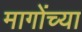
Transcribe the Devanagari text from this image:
मागोंच्या